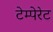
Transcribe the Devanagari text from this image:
टेम्पेरेट